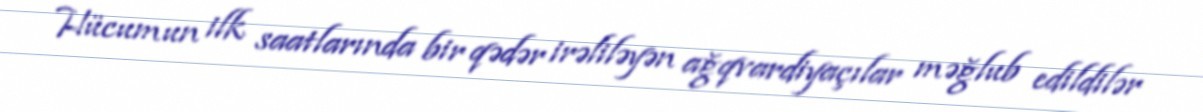
Hücumun ilk saatlarında bir qədər irəliləyən ağqvardiyaçılar məğlub edildilər